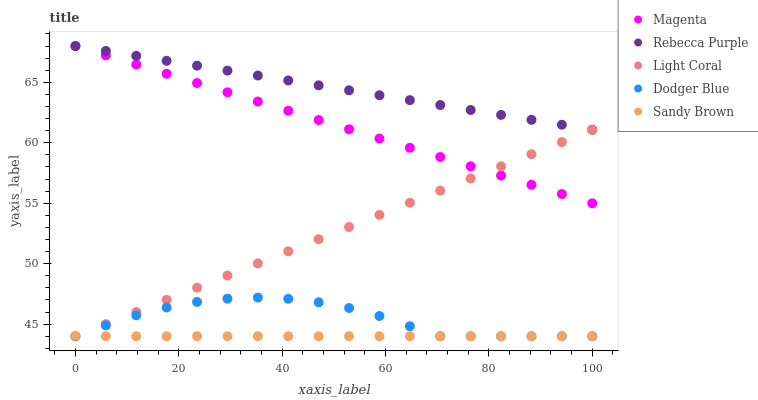
| xaxis_label | Magenta | Rebecca Purple | Light Coral | Dodger Blue | Sandy Brown |
 | --- | --- | --- | --- | --- | --- |
 | 0 | 68 | 68 | 44 | 44 | 44 |
 | 5.88 | 67.2 | 67.6 | 45 | 44.9 | 44 |
 | 11.8 | 66.5 | 67.2 | 46 | 45.7 | 44 |
 | 17.6 | 65.7 | 66.8 | 47 | 46.4 | 44 |
 | 23.5 | 64.9 | 66.4 | 48 | 46.8 | 44 |
 | 29.4 | 64.2 | 66 | 49 | 47.1 | 44 |
 | 35.3 | 63.4 | 65.6 | 50 | 47.2 | 44 |
 | 41.2 | 62.6 | 65.2 | 51 | 47.1 | 44 |
 | 47.1 | 61.9 | 64.7 | 52 | 46.8 | 44 |
 | 52.9 | 61.1 | 64.3 | 53 | 46.3 | 44 |
 | 58.8 | 60.3 | 63.9 | 54 | 45.7 | 44 |
 | 64.7 | 59.6 | 63.5 | 55 | 44.8 | 44 |
 | 70.6 | 58.8 | 63.1 | 56 | 44 | 44 |
 | 76.5 | 58.1 | 62.7 | 57 | 44 | 44 |
 | 82.4 | 57.3 | 62.3 | 58.1 | 44 | 44 |
 | 88.2 | 56.5 | 61.9 | 59.1 | 44 | 44 |
 | 94.1 | 55.8 | 61.5 | 60.1 | 44 | 44 |
 | 100 | 55 | 61.1 | 61.1 | 44 | 44 |